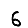
Digit: 6